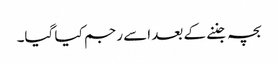
بچہ جننے کے بعد اسے رجم کیا گیا۔